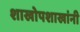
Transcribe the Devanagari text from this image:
शाखोपशाखांनी